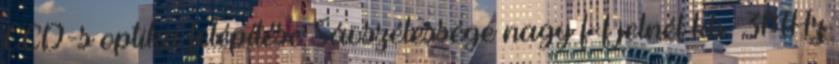
CCD-s optika felépítése Sávszélessége nagy f-f jelnél kb. 3MHz